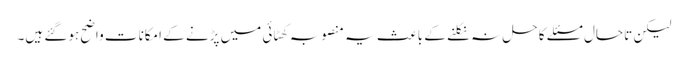
لیکن تاحال مسئلے کا حل نہ نکلنے کے باعث یہ منصوبہ کھٹائی میں پڑنے کے امکانات واضح ہوگئے ہیں۔